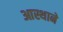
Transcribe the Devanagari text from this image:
आस्थाने